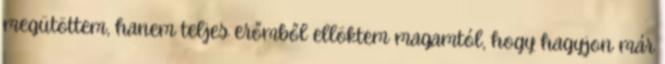
megütöttem, hanem teljes erőmből ellöktem magamtól, hogy hagyjon már